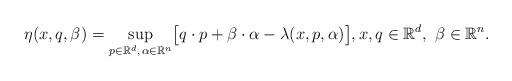
LaTeX: \begin{align*}\eta(x, q, \beta) =\sup_{p \in \mathbb{R}^d,\, \alpha \in \mathbb{R}^n} \bigl[ q \cdot p + \beta \cdot \alpha - \lambda(x, p, \alpha) \bigr], x, q \in \mathbb{R}^d, \,\,\beta \in \mathbb{R}^n. \end{align*}